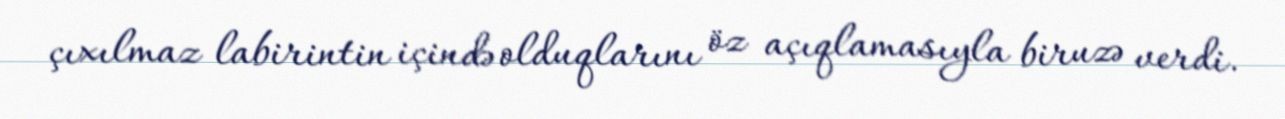
çıxılmaz labirintin içində olduqlarını öz açıqlamasıyla biruzə verdi.